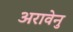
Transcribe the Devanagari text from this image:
अरावेनु